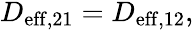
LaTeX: \begin{array}{r}{D_{\mathrm{eff},21}=D_{\mathrm{eff},12},}\end{array}